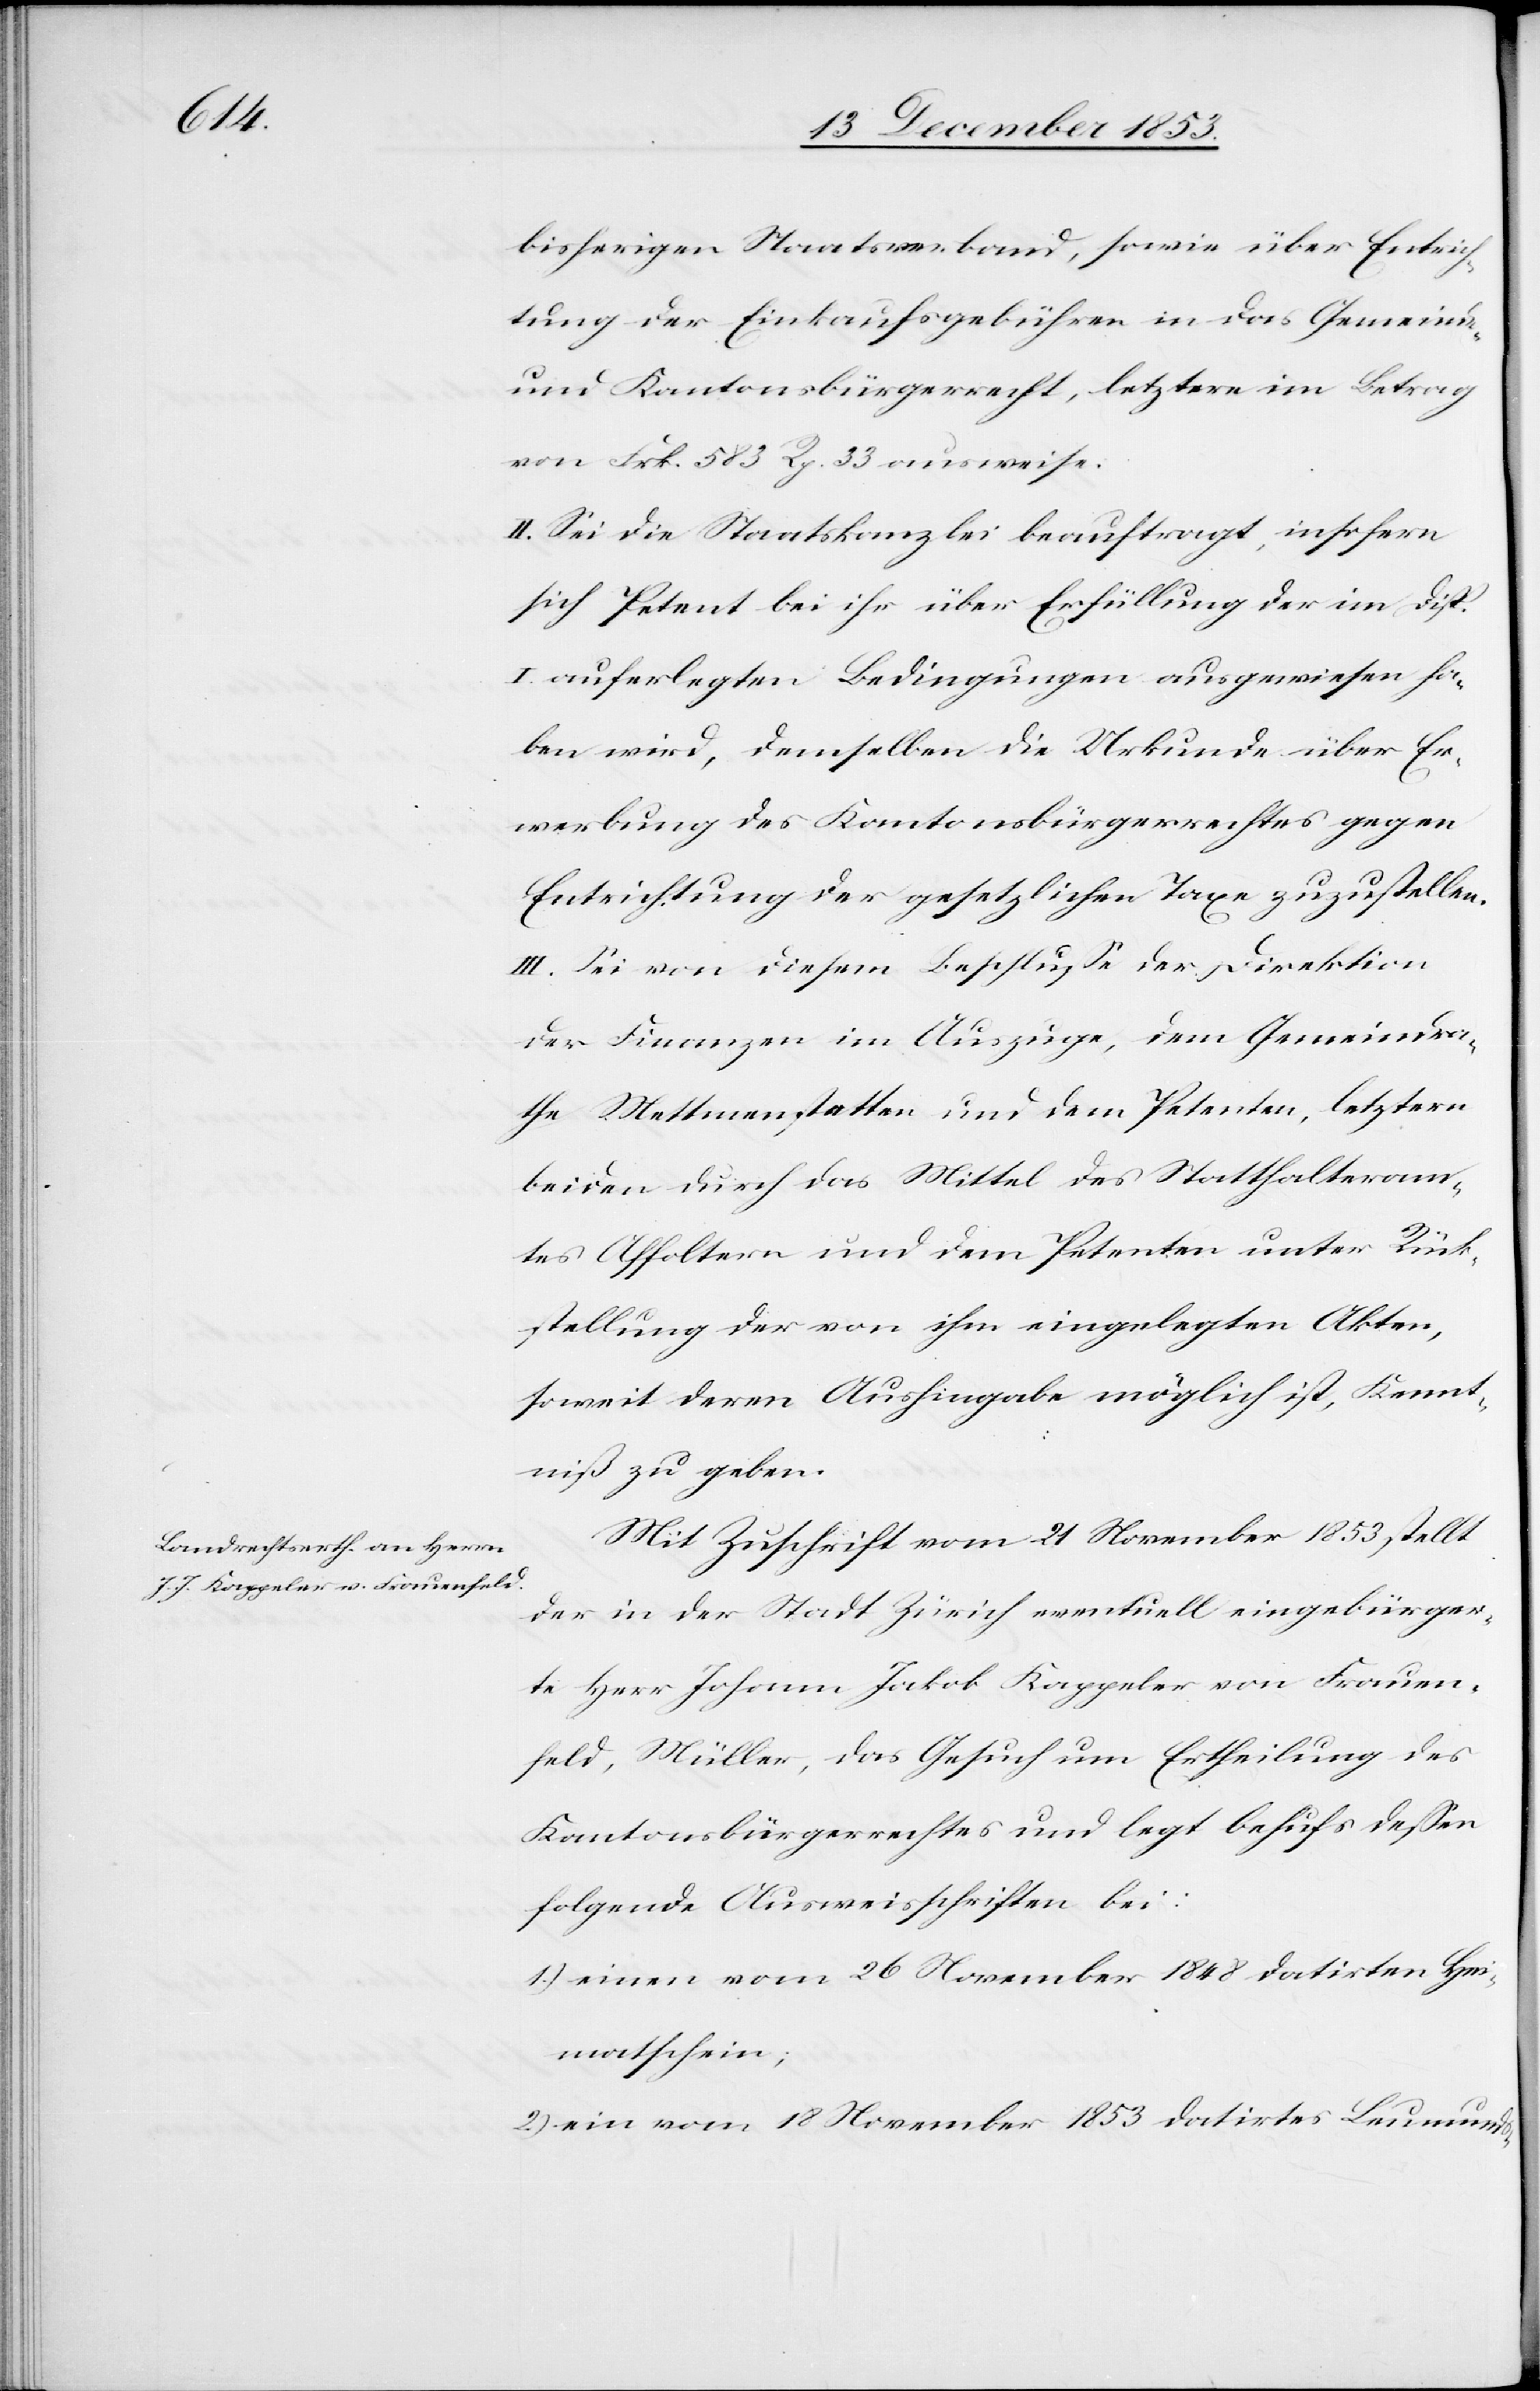
bisherigen Staatsverband, sowie über Entrich¬
tung der Einkaufsgebühren in das Gemeinds-
und Kantonsbürgerrecht, letztere im Betrag
von Frk. 583 Rp. 33 ausweise.
II. Sei die Staatskanzlei beauftragt, insofern
sich Petent bei ihr über Erfüllung der im Disp.
I auferlegten Bedingungen ausgewiesen ha¬
ben wird, demselben die Urkunde über Er¬
werbung des Kantonsbürgerrechtes gegen
Entrichtung der gesetzlichen Taxe zuzustellen.
III. Sei von diesem Beschluße der Direktion
der Finanzen im Auszuge, dem Gemeindra¬
the Mettmenstetten und dem Petenten, letztern
beiden durch das Mittel des Statthalteram¬
tes Affoltern und dem Petenten unter Rück¬
stellung der von ihm eingelegten Akten,
soweit deren Aushingabe möglich ist, Kennt¬
niß zu geben.
Mit Zuschrift vom 21 November 1853 stellt
der in der Stadt Zürich eventuell eingebürger¬
te Herr Johann Jakob Kappeler von Frauen¬
feld, Müller, das Gesuch um Ertheilung des
Kantonsbürgerrechtes und legt behufs deßen
folgende Ausweisschriften bei:
1) einen vom 26 November 1848 datirten Hei¬
matschein;
2) ein vom 18 November 1853 datirtes Leumunds-